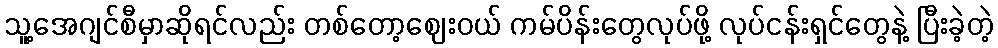
သူ့အေဂျင်စီမှာဆိုရင်လည်း တစ်တော့ဈေးဝယ် ကမ်ပိန်းတွေလုပ်ဖို့ လုပ်ငန်းရှင်တွေနဲ့ ပြီးခဲ့တဲ့